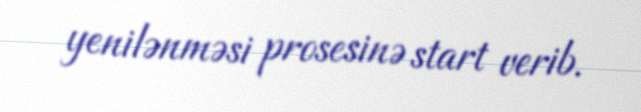
yenilənməsi prosesinə start verib.